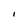
Character: I